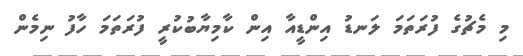
މި މެޗުގެ ފުރަތަމަ ލަނޑު އިންޑީއާ އިން ކާމިޔާބުކުރީ ފުރަތަމަ ހާފު ނިމެން